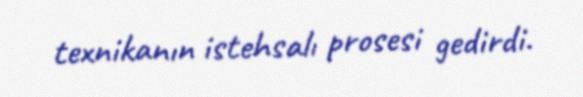
texnikanın istehsalı prosesi gedirdi.